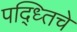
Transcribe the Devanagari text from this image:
पद्ध्तिचे